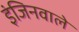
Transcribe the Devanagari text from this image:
इंजिनवाले